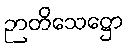
ဉာတိသေဋ္ဌော